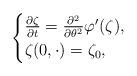
LaTeX: \begin{align*}\begin{cases}\frac{\partial \zeta}{\partial t} = \frac{ \partial^2}{\partial \theta^2}\varphi ' (\zeta), \\\zeta(0, \cdot) = \zeta_0,\end{cases}\end{align*}